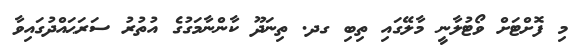
މި ފޮށްޓަށް ވޯޓުލާނީ މާލޭގައި ތިބި ގދ. ތިނަދޫ ކާންނާމަގުގެ އުތުރު ސަރަޙައްދުގައިވާ